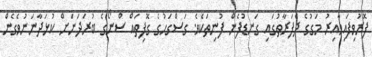
ފޮރުވިފައިވާއިރު މަގުގެ ދެފަރާތުގައި ގަނޑުފެން ފުނިތަކެވެ. ގަސްގަހުގެ ގޮފިތައް ސްނޯގެ ބުރަދަނަށް ކުޅަދާނަނުވެގެން